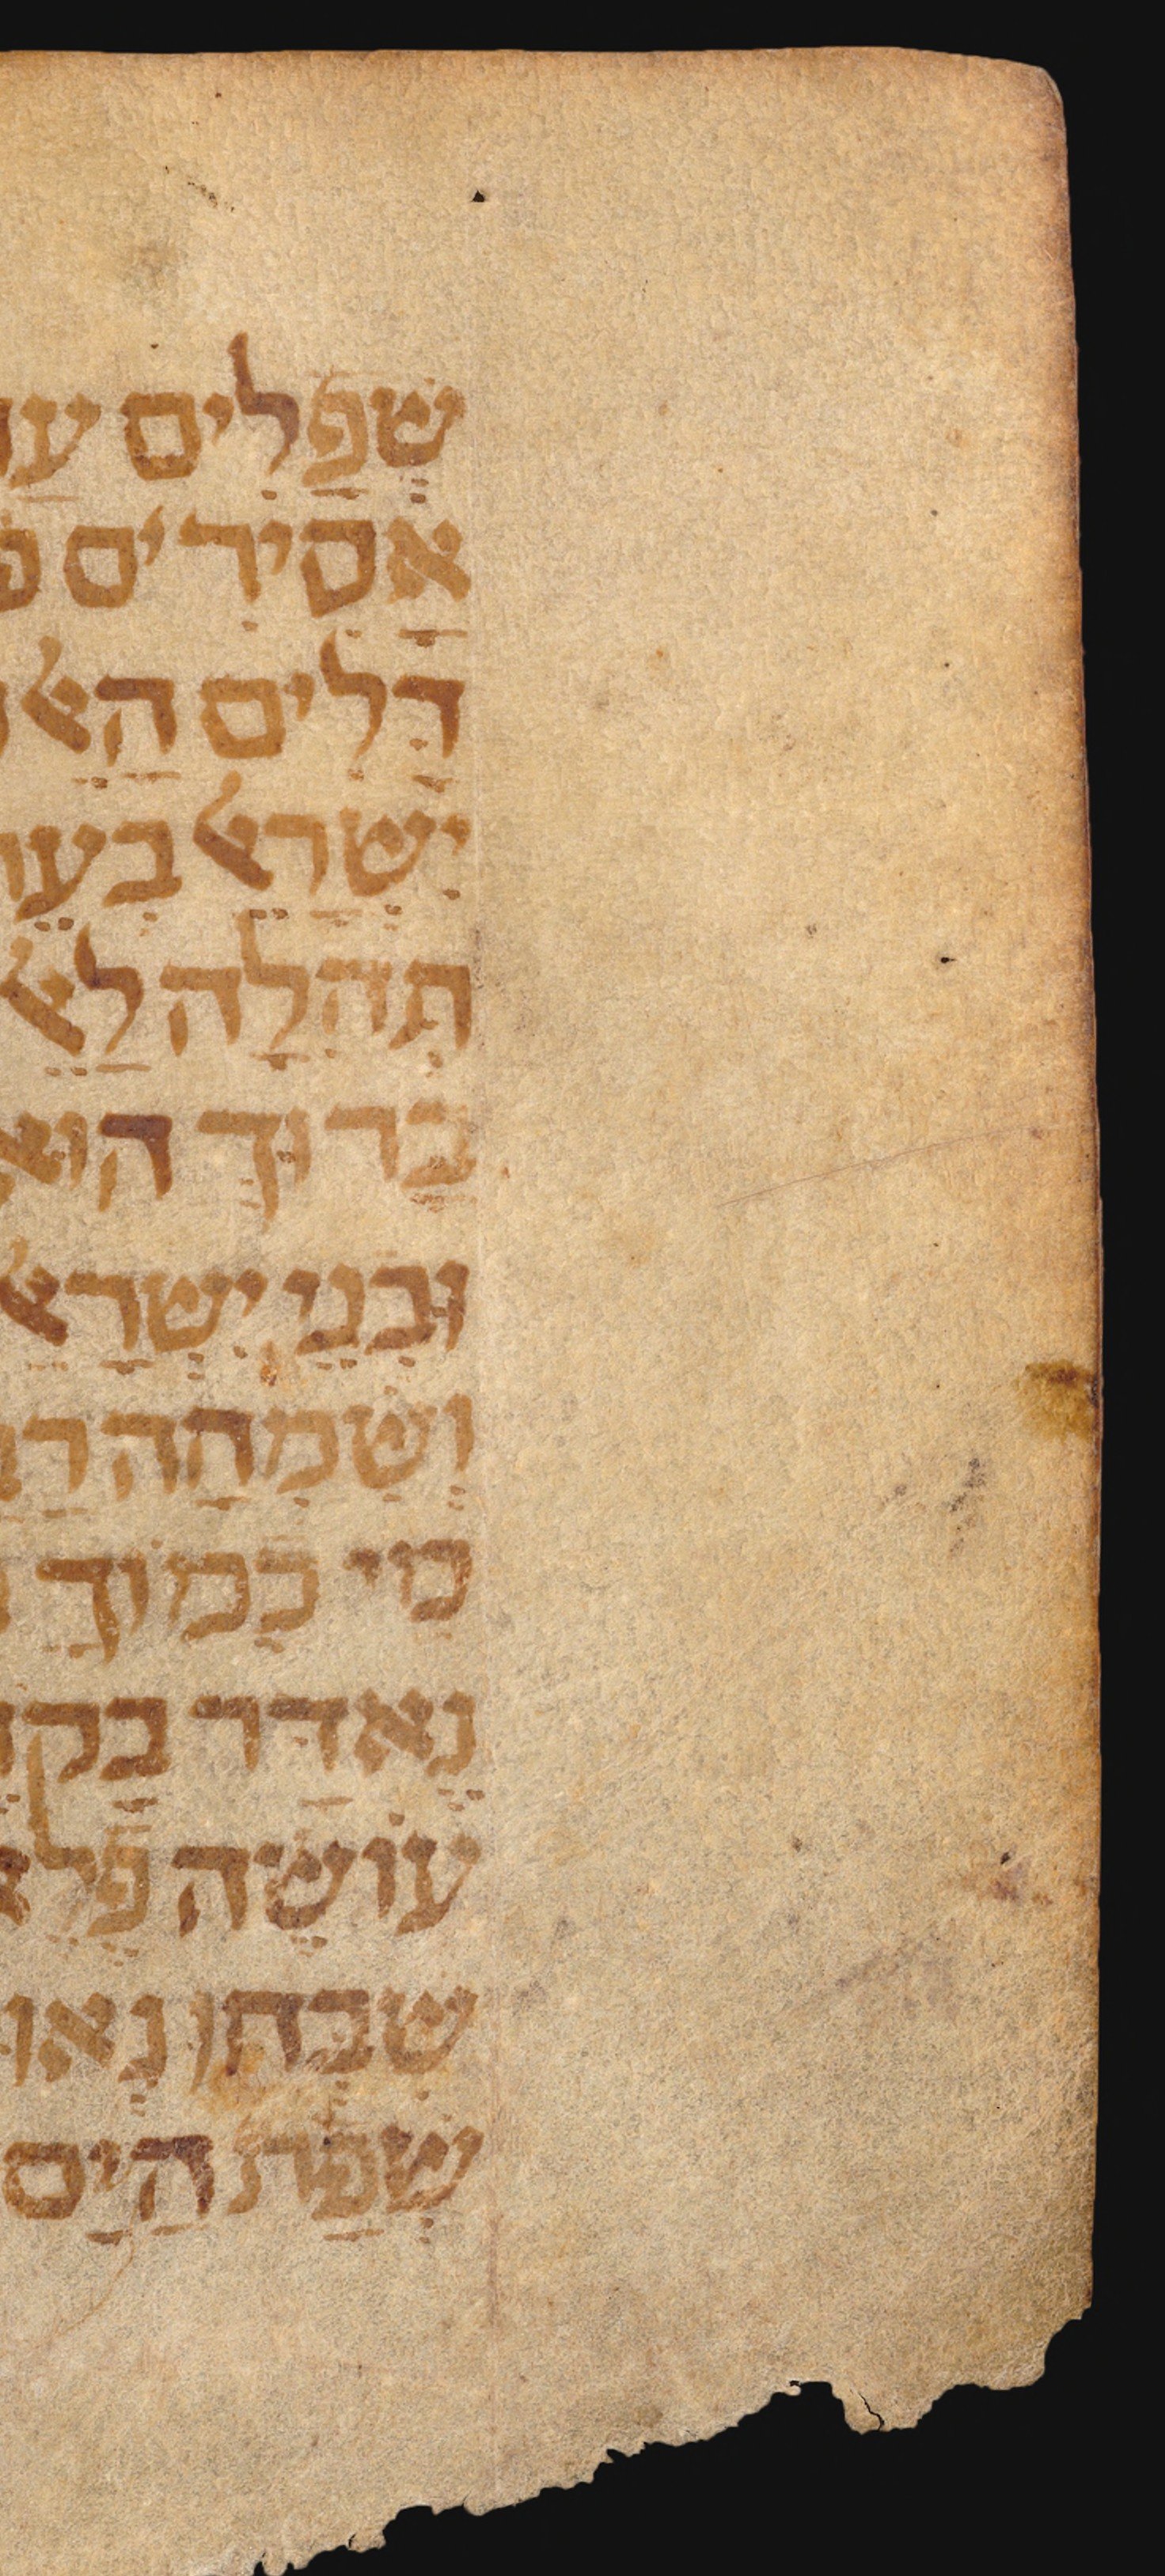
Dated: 1300–1399